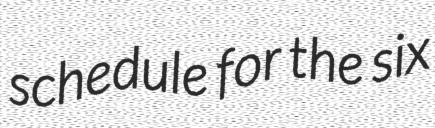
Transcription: schedule for the six